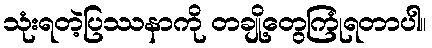
သုံးရတဲ့ပြဿနာကို တချို့တွေကြုံရတာပါ။